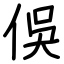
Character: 俁